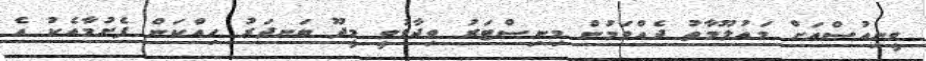
ވީނިއުސްއަށް މައުލޫމާތު ދެއްވަމުން މިނިސްޓަރު ވިދާޅުވީ މީދޫ ބަނދަރު ހިއްކަން ފެށުމާއެކު އެ